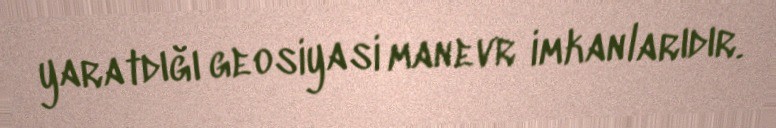
yaratdığı geosiyasi manevr imkanlarıdır.